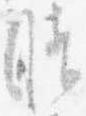
晴